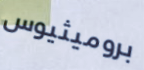
بروميثيوس